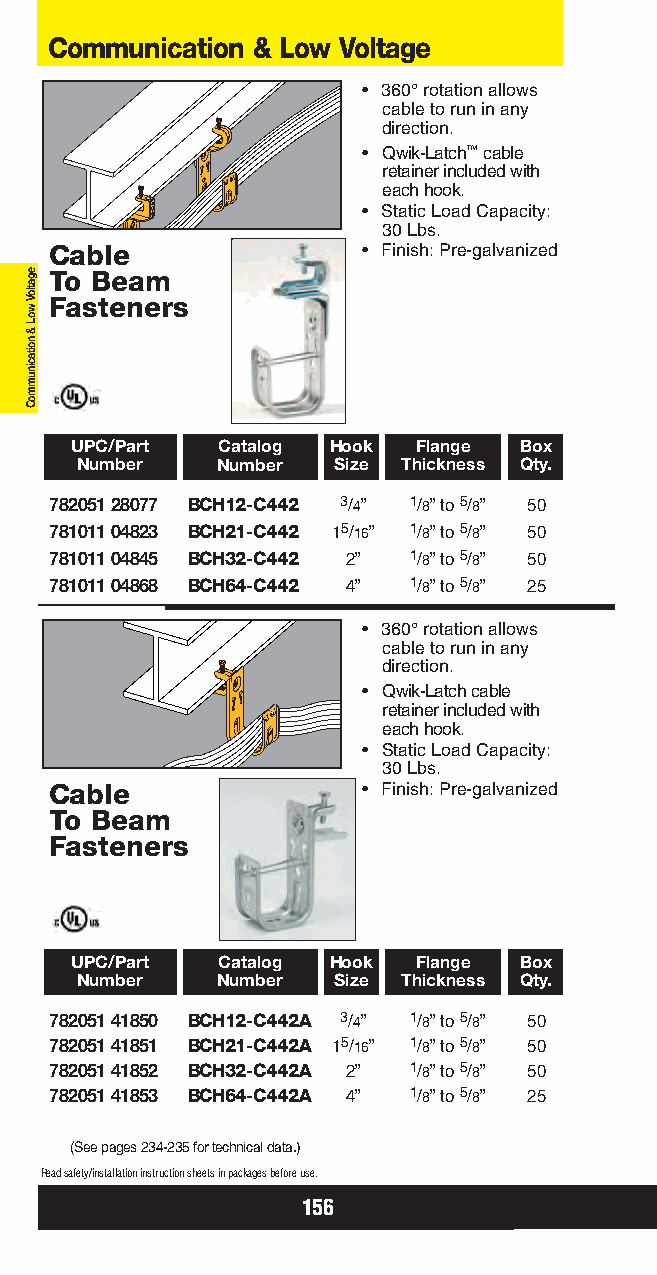
Communication & Low Voltage
 • 360°rotation allows
 cable to run in any
 direction.
 • Qwik-Latch™cable
 retainer included with
 each hook.
 • Static Load Capacity:
 30 Lbs.
 Cable                • Finish: Pre-galvanized
 To Beam
 Fasteners
 UPC/Part Catalog Hook Flange Box
 Number   Number  Size Thickness Qty.
 782051 28077 BCH12-C442 3/4” 1/8” to 5/8” 50
 781011 04823 BCH21-C442 15/16” 1/8” to 5/8” 50
 781011 04845 BCH32-C442 2” 1/8” to 5/8” 50
 781011 04868 BCH64-C442 4” 1/8” to 5/8” 25
 • 360°rotation allows
 cable to run in any
 direction.
 • Qwik-Latch cable
 retainer included with
 each hook.
 • Static Load Capacity:
 30 Lbs.
 Cable                • Finish: Pre-galvanized
 To Beam
 Fasteners
 UPC/Part Catalog Hook Flange Box
 Number   Number  Size Thickness Qty.
 782051 41850 BCH12-C442A 3/4” 1/8” to 5/8” 50
 782051 41851 BCH21-C442A 15/16” 1/8” to 5/8” 50
 782051 41852 BCH32-C442A 2” 1/8” to 5/8” 50
 782051 41853 BCH64-C442A 4” 1/8” to 5/8” 25
 (See pages 234-235 for technical data.)
 Read safety/installation instruction sheets in packages before use.
 156
 egatloV
 woL
 &
 noitacinummoC